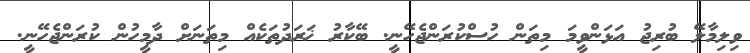
ވިލިމާލޭ ބުރިޖު އަޅަންވީމަ މިތަން ހުސްކުރަންޖެހޭނީ. ބޭކާރު ޚަރަދުތަކެއް މިތަނަށް ދާމީހުން ކުރަންޖެހޭނީ.